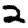
Digit: 2